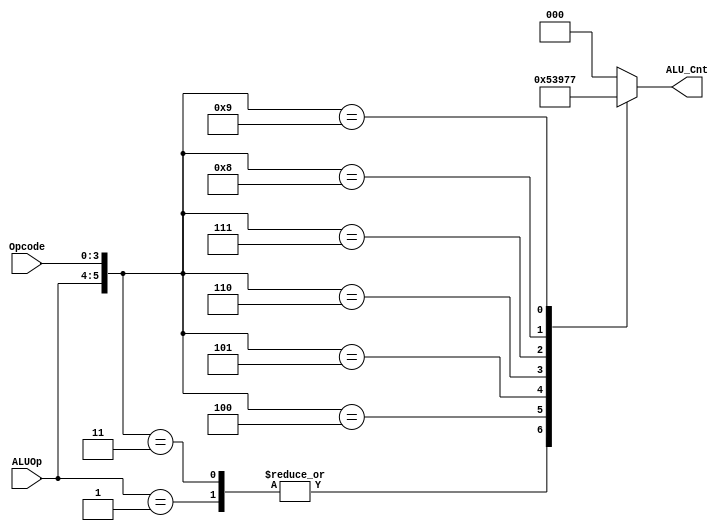
/****************************************************************************************

	File name    : alu_control.v
	LastEditors  : H
	LastEditTime : 2021-09-24 21:44:46
	Last Version : 1.0
	Description  : control unit of ALU
	
	----------------------------------------------------------------------------------------
	
	Author       : H
	Date         : 2021-09-24 21:44:40
	FilePath     : \RISCV_Project\rtl\alu_control.v
	Copyright 2021 H, All Rights Reserved. 

****************************************************************************************/
module alu_control (
    output  reg [2:0]   ALU_Cnt,
    input       [1:0]   ALUOp,
    input       [3:0]   Opcode
);
    // wire define
    wire        [5:0]   ALUControlIn;
    assign              ALUControlIn = {ALUOp,Opcode};
    always @(ALUControlIn) begin
        casex (ALUControlIn)
            6'b10xxxx:  ALU_Cnt = 3'b000; 
            6'b01xxxx:  ALU_Cnt = 3'b001; 
            6'b000010:  ALU_Cnt = 3'b000; 
            6'b000011:  ALU_Cnt = 3'b001; 
            6'b000100:  ALU_Cnt = 3'b010;
            6'b000101:  ALU_Cnt = 3'b011;
            6'b000110:  ALU_Cnt = 3'b100;
            6'b000111:  ALU_Cnt = 3'b101;
            6'b001000:  ALU_Cnt = 3'b110;
            6'b001001:  ALU_Cnt = 3'b111;
            default: ALU_Cnt = 3'b000;
        endcase
    end
endmodule